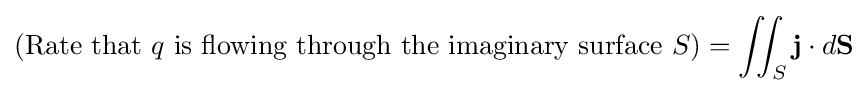
({\text{Rate that }}q{\text{ is flowing through the imaginary surface }}S)=\iint _{S}\mathbf {j} \cdot d\mathbf {S}